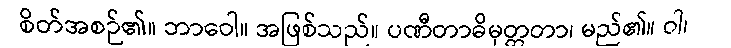
စိတ်အစဉ်၏။ ဘာဝေါ။ အဖြစ်သည်။ ပဏီတာဓိမုတ္တတာ၊ မည်၏။ ဝါ၊